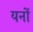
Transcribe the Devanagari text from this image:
यनों